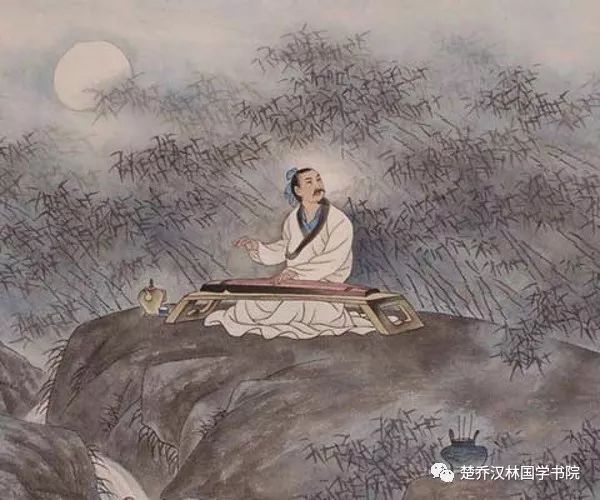
若言琴上有琴声，放在匣中何不鸣？